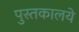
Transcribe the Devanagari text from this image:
पुस्तकालये